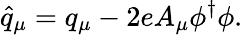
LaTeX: \hat{q}_{\mu}={q}_{\mu}-2eA_{\mu}\phi^{\dagger}\phi.